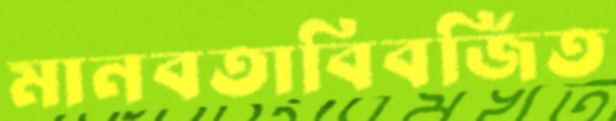
মানবতাবিবর্জিত